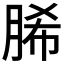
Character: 脪